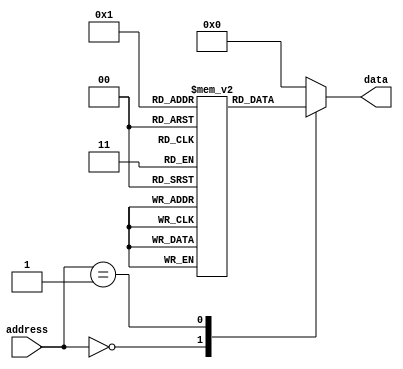
module ROM(input [7:0] address, output reg [7:0] data);
  
  reg [7:0] memory [0:255]; // Memory component pre-loaded with data during synthesis
  
  initial begin
    // Initialize memory with data
    memory[0] = 8'hAA;
    memory[1] = 8'hBB;
    // Add more initialization data as needed
  end
  
  always @(*) begin
    // Read data from memory based on input address
    case(address)
      8'h00: data = memory[0];
      8'h01: data = memory[1];
      // Add more cases based on memory size
      default: data = 8'h00; // Default case if address is out of range
    endcase
  end
endmodule